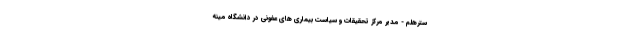
سترهلم - مدیر مرکز تحقیقات و سیاست بیماری های عفونی در دانشگاه مینه